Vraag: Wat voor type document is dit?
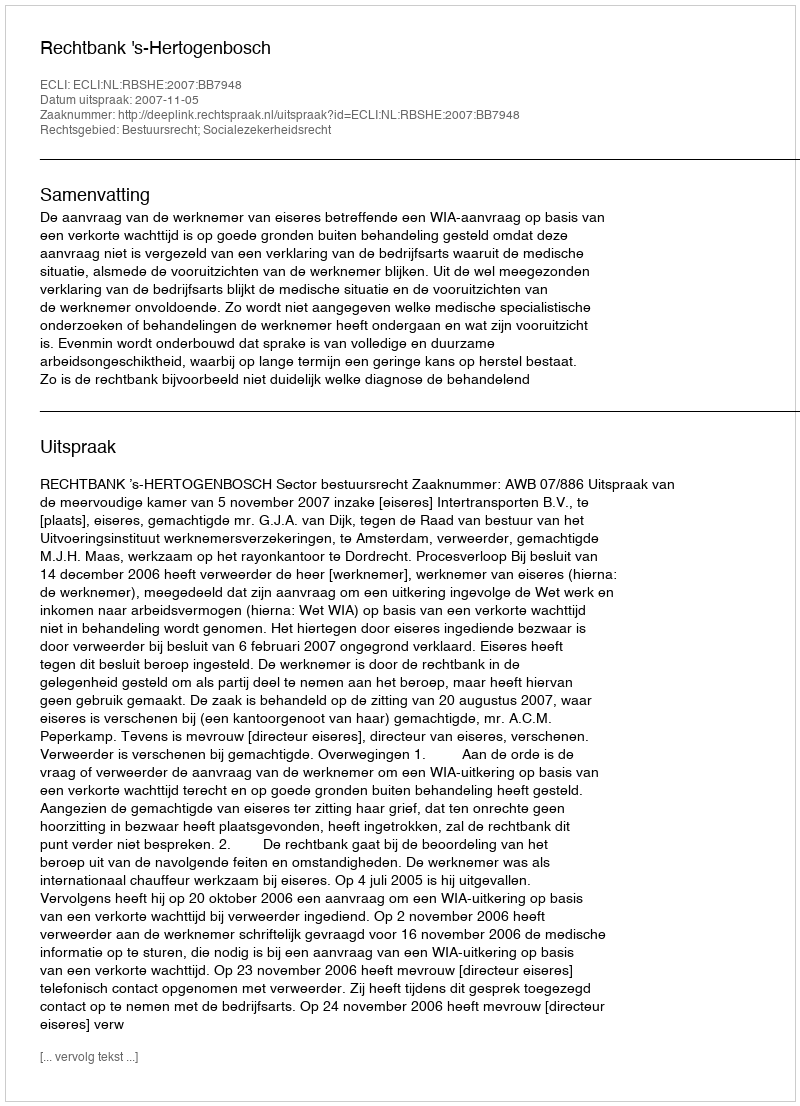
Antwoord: Uitspraak